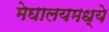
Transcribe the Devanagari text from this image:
मेघालयमध्ये